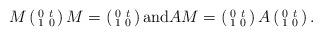
LaTeX: \begin{align*} M\left(\begin{smallmatrix} 0 & t \\ 1 & 0 \end{smallmatrix}\right)M=\left(\begin{smallmatrix} 0 & t \\ 1 & 0 \end{smallmatrix}\right) \textrm{and} AM=\left(\begin{smallmatrix} 0 & t \\ 1 & 0 \end{smallmatrix}\right) A\left(\begin{smallmatrix} 0 & t \\ 1 & 0 \end{smallmatrix}\right).\end{align*}